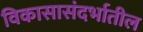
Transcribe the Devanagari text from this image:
विकासासंदर्भातील